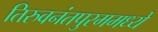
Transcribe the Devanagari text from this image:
तिरुवनंतपुरममध्ये